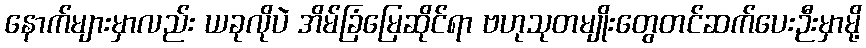
နောက်များမှာလည်း ယခုလိုပဲ အိမ်ခြံမြေဆိုင်ရာ ဗဟုသုတမျိုးတွေတင်ဆက်ပေးဉီးမှာမို့